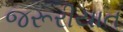
જરૂરીયાત